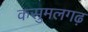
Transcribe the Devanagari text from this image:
कसुमलगढ़